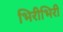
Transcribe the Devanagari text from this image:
भिरीभिरी